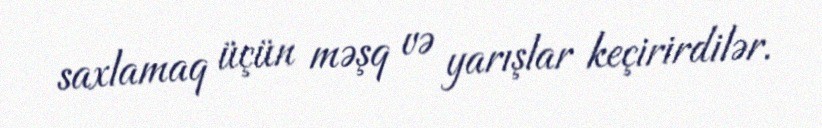
saxlamaq üçün məşq və yarışlar keçirirdilər.